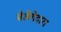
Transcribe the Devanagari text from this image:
वेलेगेदारा